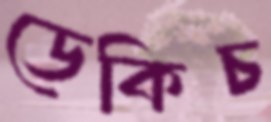
ডেকিচ